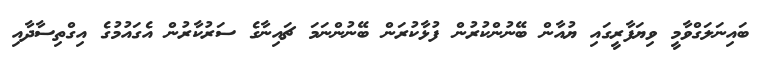
ބައިނަލަގްވާމީ ވިޔަފާރީގައި ޔުއާން ބޭނުންކުރުން ފުޅާކުރަން ބޭނުންނަމަ ޗައިނާގެ ސަރުކާރުން އެގައުމުގެ އިގްތިސާދާއި